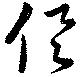
倶